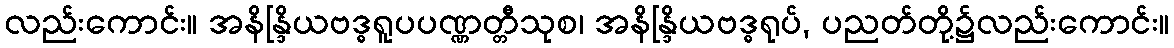
လည်းကောင်း။ အနိန္ဒြိယဗဒ္ဓရူပပဏ္ဏတ္တီသုစ၊ အနိန္ဒြိယဗဒ္ဓရုပ်, ပညတ်တို့၌လည်းကောင်း။